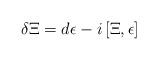
LaTeX: \begin{align*}\delta\Xi=d\epsilon-i\,[\Xi,\epsilon]\end{align*}